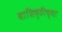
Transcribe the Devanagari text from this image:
वाशिष्ठीच्या